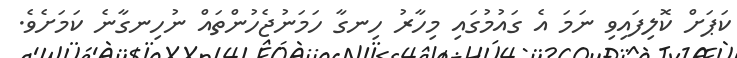
ކަޕަށް ކޮލިފައިވި ނަމަ އެ ގައުމުގައި މިހާރު ހިނގާ ހަމަނުޖެހުންތައް ނުހިނގާނެ ކަމަށެވެ.